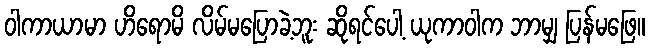
ဝါကာယာမာ ဟိရောမိ လိမ်မပြောခဲ့ဘူး ဆိုရင်ပေါ့ ယုကာဝါက ဘာမျှ ပြန်မဖြေ။